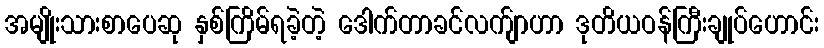
အမျိုးသားစာပေဆု နှစ်ကြိမ်ရခဲ့တဲ့ ဒေါက်တာခင်လက်ျာဟာ ဒုတိယဝန်ကြီးချုပ်ဟောင်း